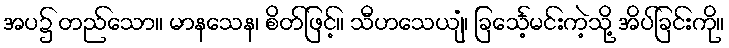
အပ၌ တည်သော။ မာနသေန၊ စိတ်ဖြင့်။ သီဟသေယျံ၊ ခြင်္သေ့မင်းကဲ့သို့ အိပ်ခြင်းကို။